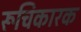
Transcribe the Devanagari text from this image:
रूचिकारक